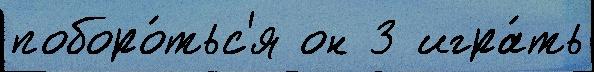
поборо́тьс'я он 3 игра́ть